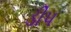
ડીપ